Veterinary regulations India, 1935 -
Year: 1935
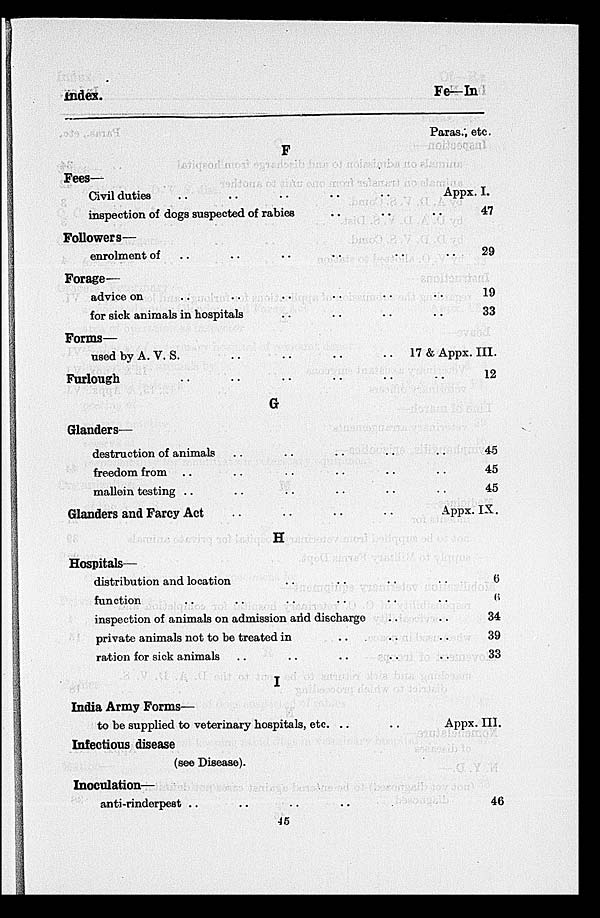
I ndex.
Fe—In
F
Fees—
Civil duties .. .. .. .. ..
inspection of dogs suspected of rabies
..
..
Followers—
enrolment of
..
..
..
..
Forage—
advice on
..
..
..
..
..
for sick animals in hospitals
..
..
..
Forms—
used by A. V. S. .. .. .. ..
Furlough
..
..
..
..
..
..
..
G
Glanders—
destruction of animals
..
..
..
..
..
freedom from
..
..
..
..
..
mallein testing
..
..
..
..
..
Glanders and Farcy Act .. .. .. ..
H
Hospitals—
distribution and location .. .. .. ..
function
..
..
..
..
..
..
inspection of animals on admission and discharge
..
..
private animals not to be treated in
..
..
..
ration for sick animals
..
..
..
..
..
I
India Army Forms—
to be supplied to veterinary hospitals, etc. ..
..
Infectious disease
(see Disease).
Inoculation—
anti-rinderpest
..
..
..
..
Paras., etc.
Appx. I.
..
..
..
..
47
29
19
33
17 & Appx. III.
..
..
..
..
12
45
45
45
Appx. IX.
..
..
..
..
..
6
6
34
39
33
Appx. III.
46
45